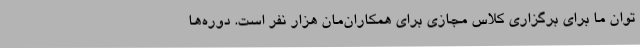
توان ما برای برگزاری کلاس مجازی برای همکاران‌مان هزار نفر است. دوره‌ها